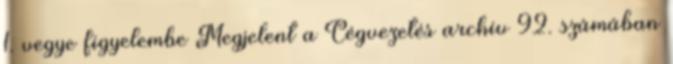
1. vegye figyelembe Megjelent a Cégvezetés archív 92. számában